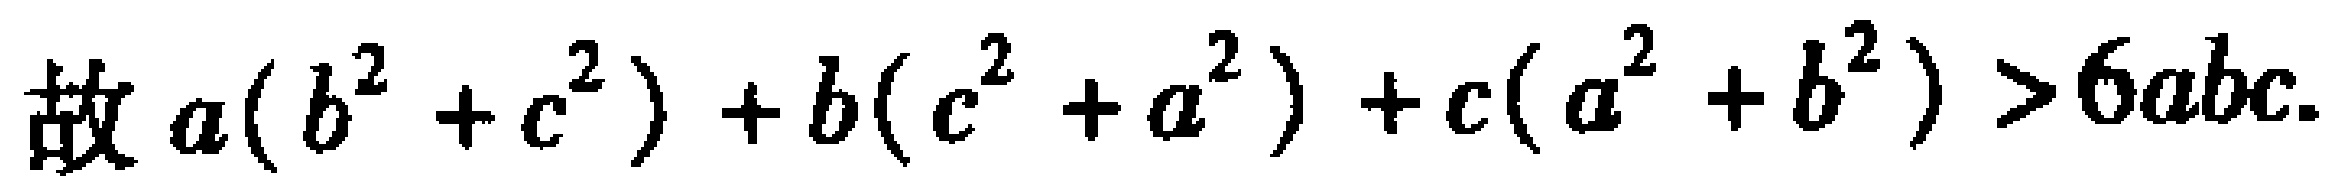
故 \(a(b^{2}+c^{2}) + b(c^{2}+a^{2}) + c(a^{2}+b^{2})>6abc\).